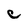
Character: e